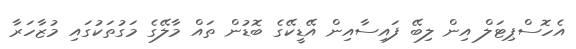
އެހޮސްޕިޓަލް އިން ލިބޭ ފައިސާއިން އޭޑީކޭގެ ބޮޑުން ތައް މާލޭގެ މަގުތަކުގައި މުޒާހަރާ